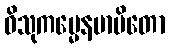
ဝိသုကမ္မေနမာပိတော